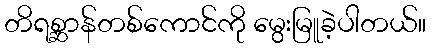
တိရစ္ဆာန်တစ်ကောင်ကို မွေးမြူခဲ့ပါတယ်။